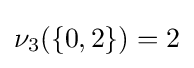
\nu _{3}(\{0,2\})=2